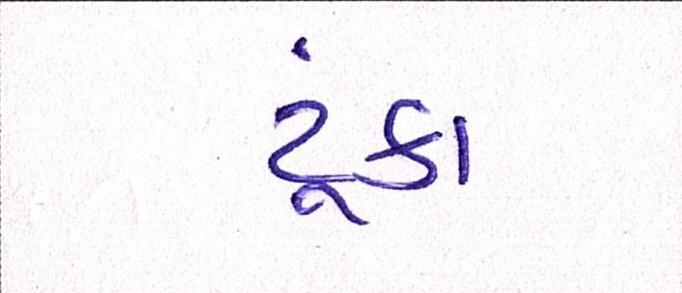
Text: ટૂંકા